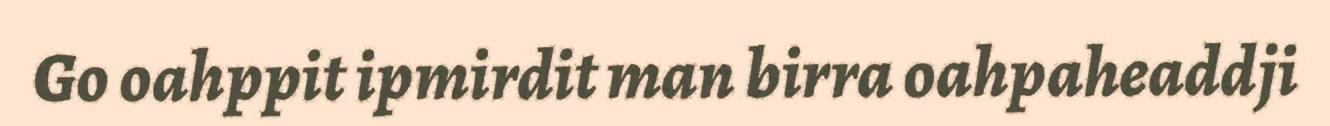
Go oahppit ipmirdit man birra oahpaheaddji